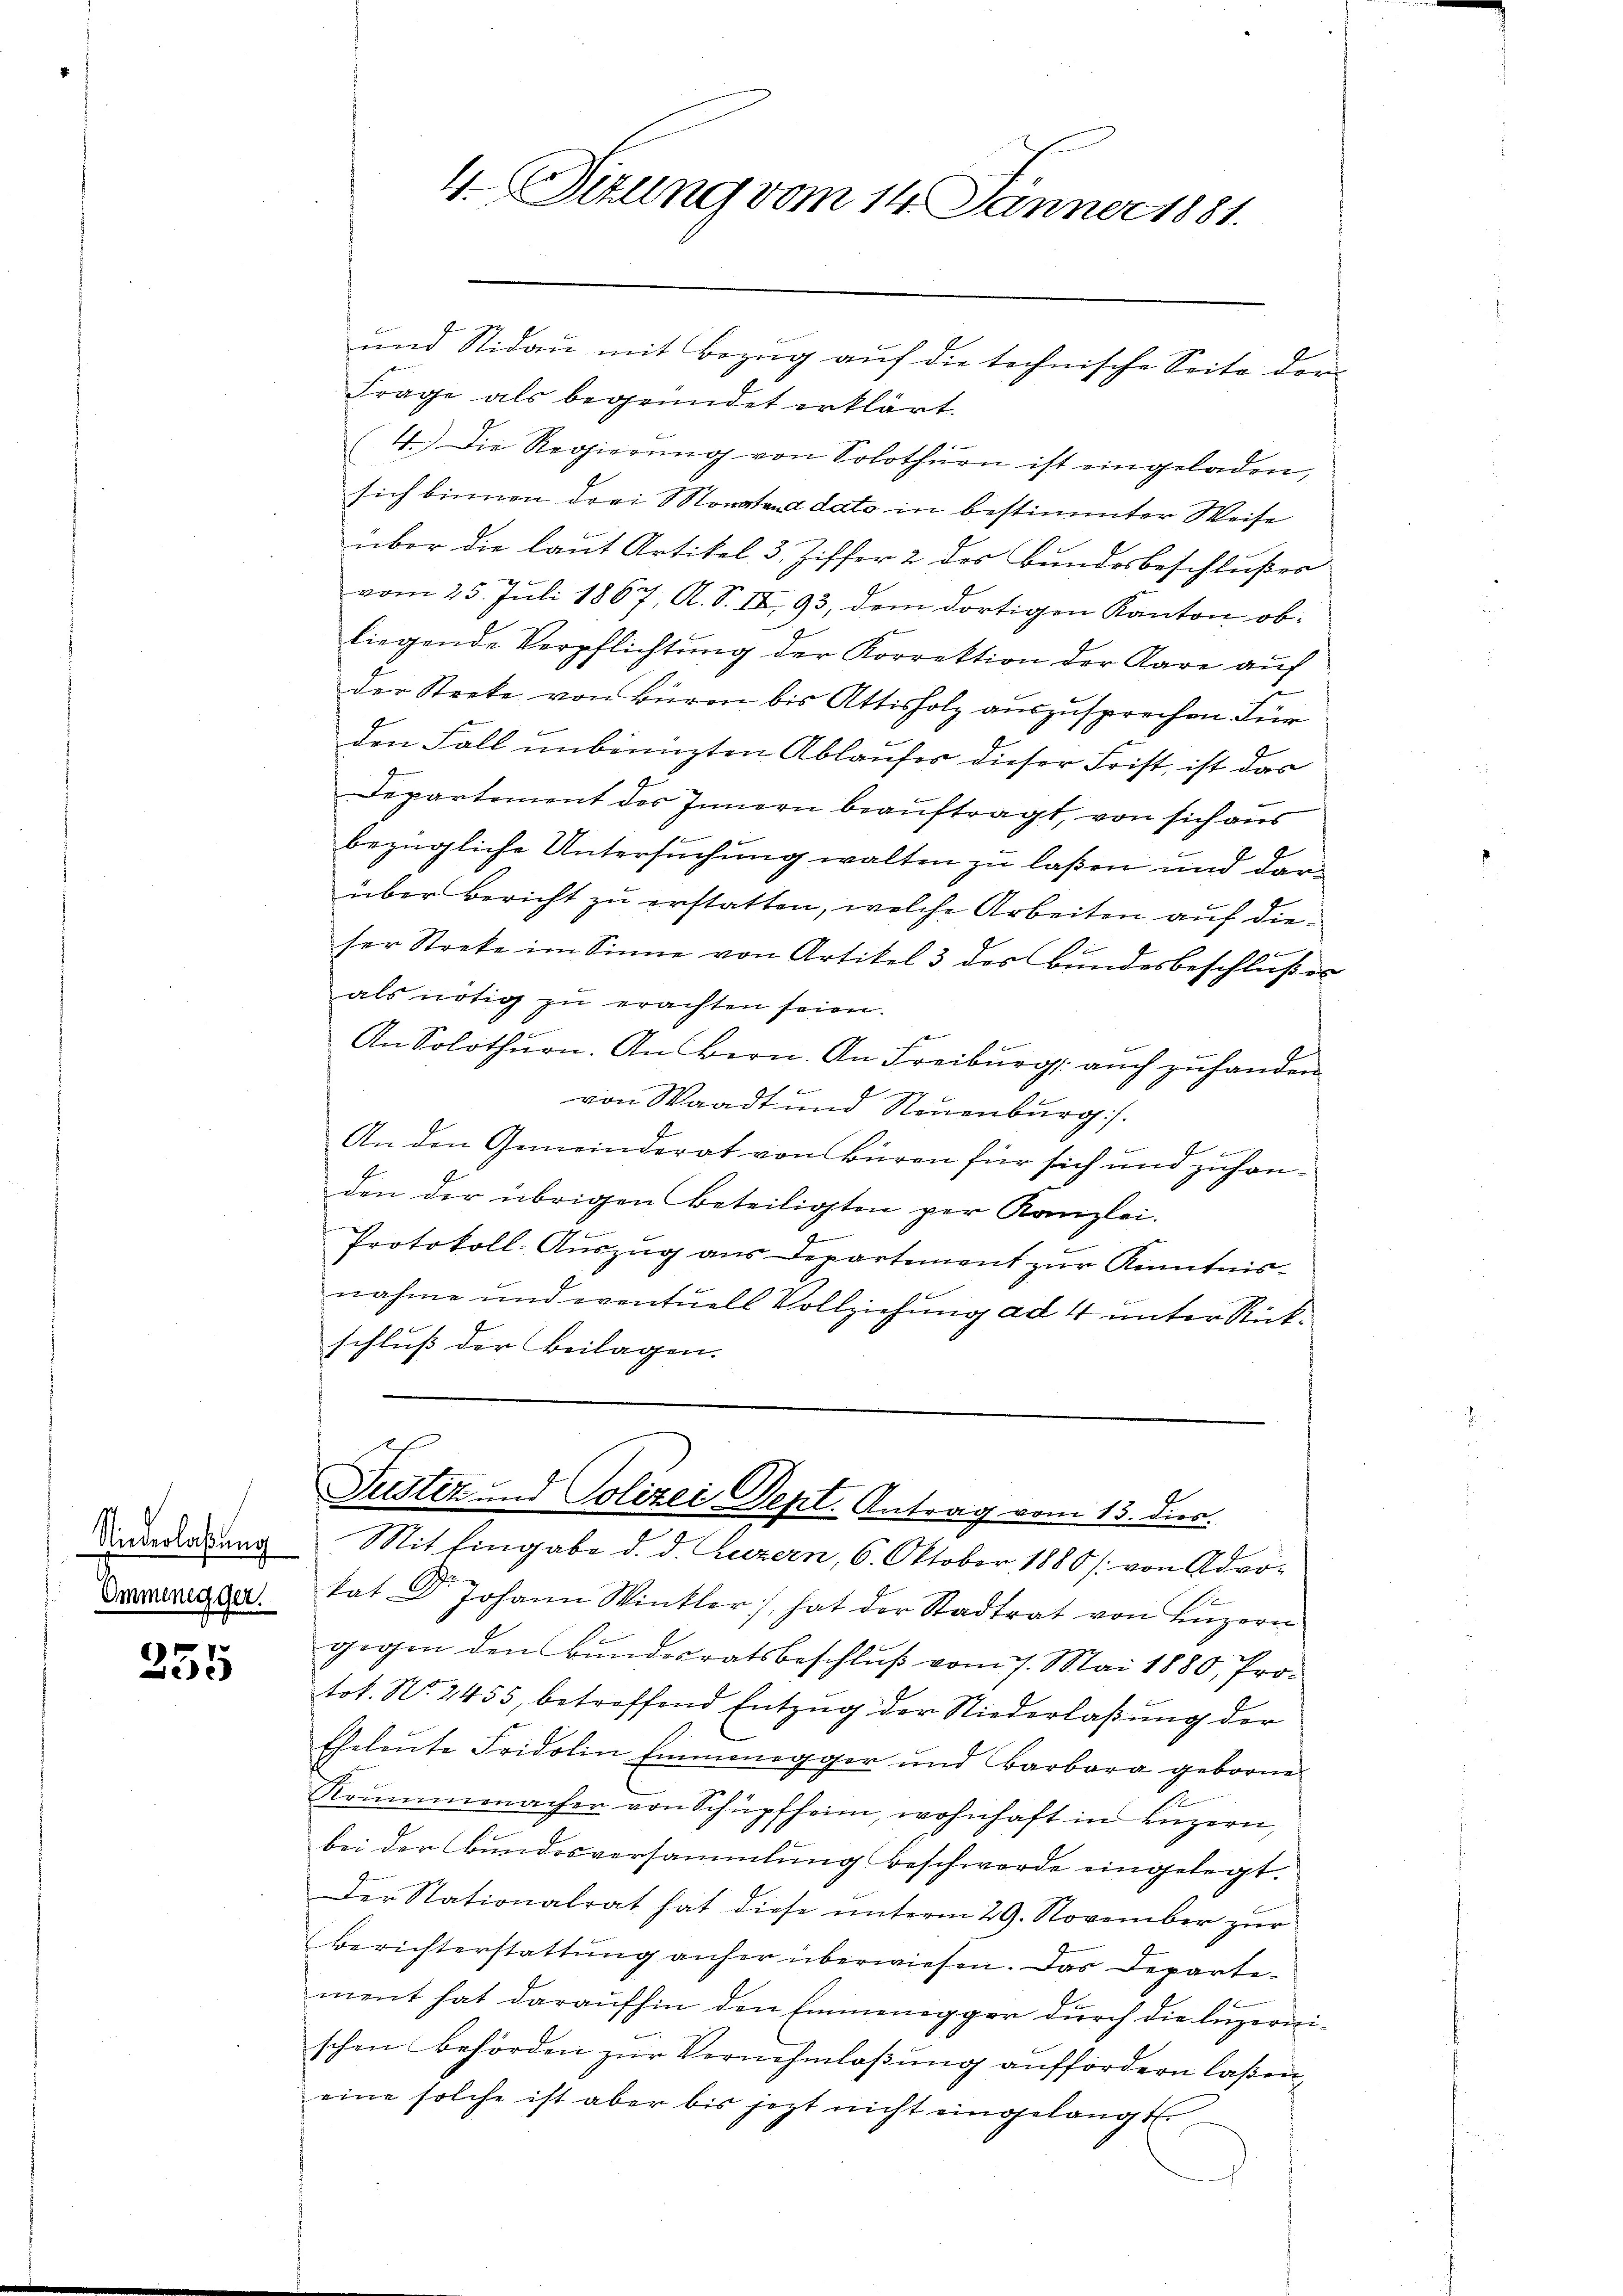
Niederlaßung
Ommenegger.

7
e

4. Situng vom 14. Jänner 1881.

und Nidau mit Bezug auf die technische Seite dor¬
Frage als begründet erklärt.
4.) Die Regierŭng von Solothurn ist eingeladen,
sich binnen drei Sonstand dato in bestimmter Weise
über die laut Artikel 3 Ziffer 2 des Bundesbeschlußes
vom 25. Juli 1867, A. S. II, 93, dem dortigen Kanton obliegende Verpflichtung der Korrektion der Aare auf
der Streke von Büren bis Attisholz auszusprechen Für
den Fall unbenuzten Ablaufes dieser Frist, ist das
Departement des Innern beauftragt, von sich aus
6
bezügliche Untersuchung walten zu laßen und darüber Bericht zu erstatten, welche Arbeiten auf dieser Streke im Sinne von Artikel 3 des Bundesbeschlußes
als nötig zu erachten seien.
An Solothurn. An Bern. An Freiburg. auch zuhanden
von Waadt und Neuenburg)
An den Gemeinderat von Büren für sich und zuhanden der übrigen Beteiligten per Kanzlei.
Protokoll-Aŭszŭg aŭs Departement zŭr Kenntnis-
nahme und eventuell Vollziehung ad 4 unter Rückschluß der Beilagen.
Justiz- und Polizei Sept. Antrag vom 15. dies
Mit Eingabe d. d. Luzern, 6. Oktober 1880 / von Advo-
kat Dr Johann Winkler, hat der Stadtrat von Lŭzern
gegen den Bundesratsbeschluß vom 7. Mai 1880, Protot. N. 2455, betreffend Entzug der Niederlaßung der
Eheleute Fridolin Emmenegger und Barbara geborne-
Krŭmmenacher von Schüpfheim, wohnhaft in Lŭzern,
bei der Bundesversammlung beschwerde eingelegt.
Der Stationalrat hat diese ŭnterm 29. November zŭr
Berichterstattŭng anher überwiesen. Das Departement hat daraufhin den Emmenegger durch die luzernischen Behörden zur Vernehmlassung auffordern laßen,
eine solche ist aber bis jezt nicht eingelangt